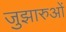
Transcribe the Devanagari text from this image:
जुझारुओं